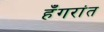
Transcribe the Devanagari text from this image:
हँगरांत